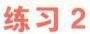
练习2